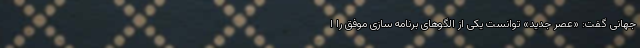
جهانی گفت: «عصر جدید» توانست یکی از الگوهای برنامه سازی موفق را ا